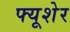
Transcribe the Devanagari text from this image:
फ्यूशेर